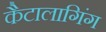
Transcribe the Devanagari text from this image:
कैटालागिंग